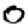
Digit: 0